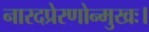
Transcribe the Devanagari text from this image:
नारदप्रेरणोन्मुखः।